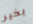
بخير